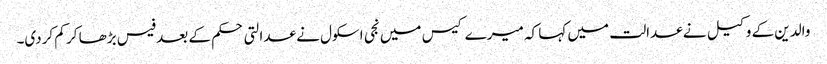
والدین کے وکیل نے عدالت میں کہا کہ میرے کیس میں نجی اسکول نے عدالتی حکم کے بعد فیس بڑھا کر کم کردی۔